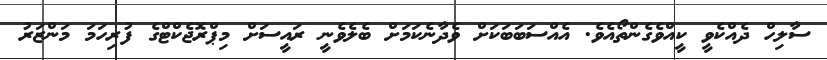
ސާލިހް ދެއްކެވީ ކީއްވެގެންތޯއެވެ. އެއްސަބަބަކަށް ވެދާނެކަމަށް ބެލެވެނީ ރައީސަށް މިޕްރޮޖެކްޓްގެ ފުރިހަމަ މަންޒަރު